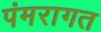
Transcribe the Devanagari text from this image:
पंमरागत